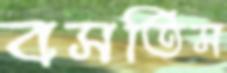
বসতিস